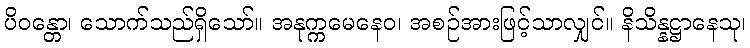
ပိဝန္တော၊ သောက်သည်ရှိသော်။ အနုက္ကမေနေဝ၊ အစဉ်အားဖြင့်သာလျှင်။ နိသိန္နဋ္ဌာနေသု၊